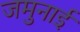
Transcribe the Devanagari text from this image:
जमुनाई